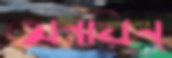
অন্বয়িন্